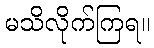
မသိလိုက်ကြရ။